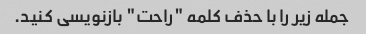
جمله زیر را با حذف کلمه "راحت" بازنویسی کنید.